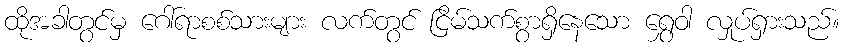
ထိုအခါတွင်မှ ဂေါ်ရာစစ်သားများ လက်တွင် ငြိမ်သက်စွာရှိနေသော ရွှေဝါ လှုပ်ရှားသည်။